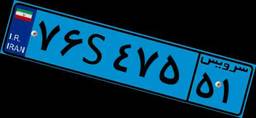
۲۷S۱۷۷۳۳